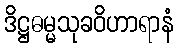
ဒိဋ္ဌဓမ္မသုခဝိဟာရာနံ